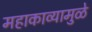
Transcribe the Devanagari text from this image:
महाकाव्यामुळे